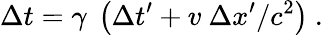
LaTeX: \Delta t=\gamma\ \left(\Delta t^{\prime}+v\ \Delta x^{\prime}/c^{2}\right)\ .